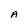
Character: A